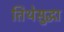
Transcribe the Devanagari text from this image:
तिथेसुद्धा